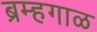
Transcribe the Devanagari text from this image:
ब्रम्हगाळ